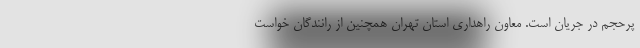
پرحجم در جریان است. معاون راهداری استان تهران همچنین از رانندگان خواست